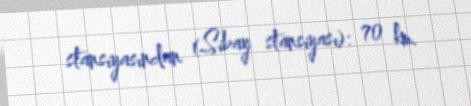
stansiyasından (Sibay stansiyası): 70 km.